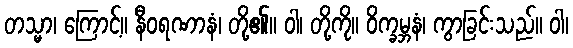
တသ္မာ၊ ကြောင့်။ နီဝရဏာနံ၊ တို့၏။ ဝါ၊ တို့ကို။ ဝိက္ခမ္ဘနံ၊ ကွာခြင်းသည်။ ဝါ၊